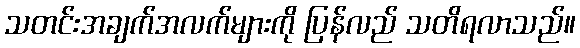
သတင်းအချက်အလက်များကို ပြန်လည် သတိရလာသည်။